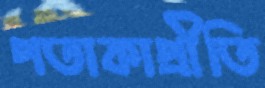
পতাকাপ্রীতি